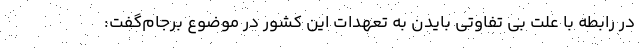
در رابطه با علت بی تفاوتی بایدن به تعهدات این کشور در موضوع برجام‌گفت: